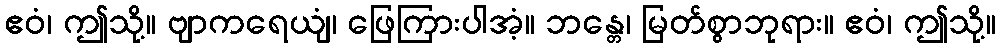
ဧဝံ၊ ဤသို့။ ဗျာကရေယျံ၊ ဖြေကြားပါအံ့။ ဘန္တေ၊ မြတ်စွာဘုရား။ ဧဝံ၊ ဤသို့။